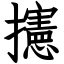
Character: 攇